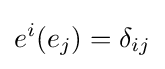
e^{i}(e_{j})=\delta _{ij}